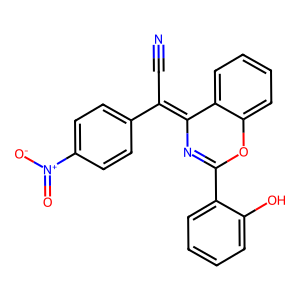
SMILES: N#CC(=C1N=C(c2ccccc2O)Oc2ccccc21)c1ccc([N+](=O)[O-])cc1
Inhibits HIV replication: No